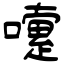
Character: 嚔